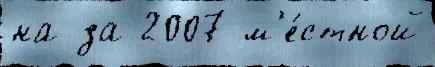
на за 2007 м'е́стной